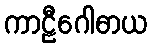
ကာဠီဂေါဓာယ